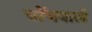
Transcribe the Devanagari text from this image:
चोंचवाले